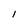
Character: 1